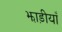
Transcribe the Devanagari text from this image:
झाड़ीयाँ